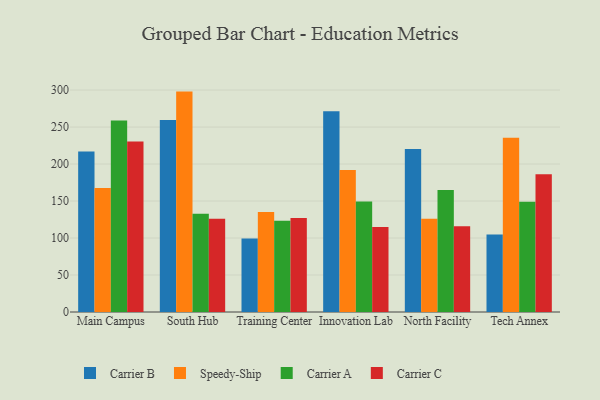
{"axis": {"x": "Campus", "y": "Gross Profit (USD K)"}, "legend": ["Carrier A", "Carrier B", "Carrier C", "Speedy-Ship"], "data": [{"x": "Main Campus", "y": 217.0, "type": "Carrier B"}, {"x": "Main Campus", "y": 167.5, "type": "Speedy-Ship"}, {"x": "Main Campus", "y": 258.9, "type": "Carrier A"}, {"x": "Main Campus", "y": 230.6, "type": "Carrier C"}, {"x": "South Hub", "y": 259.5, "type": "Carrier B"}, {"x": "South Hub", "y": 297.9, "type": "Speedy-Ship"}, {"x": "South Hub", "y": 132.8, "type": "Carrier A"}, {"x": "South Hub", "y": 126.1, "type": "Carrier C"}, {"x": "Training Center", "y": 99.3, "type": "Carrier B"}, {"x": "Training Center", "y": 135.2, "type": "Speedy-Ship"}, {"x": "Training Center", "y": 123.4, "type": "Carrier A"}, {"x": "Training Center", "y": 127.2, "type": "Carrier C"}, {"x": "Innovation Lab", "y": 271.5, "type": "Carrier B"}, {"x": "Innovation Lab", "y": 192.1, "type": "Speedy-Ship"}, {"x": "Innovation Lab", "y": 149.5, "type": "Carrier A"}, {"x": "Innovation Lab", "y": 114.9, "type": "Carrier C"}, {"x": "North Facility", "y": 220.4, "type": "Carrier B"}, {"x": "North Facility", "y": 125.9, "type": "Speedy-Ship"}, {"x": "North Facility", "y": 164.9, "type": "Carrier A"}, {"x": "North Facility", "y": 115.9, "type": "Carrier C"}, {"x": "Tech Annex", "y": 104.8, "type": "Carrier B"}, {"x": "Tech Annex", "y": 235.5, "type": "Speedy-Ship"}, {"x": "Tech Annex", "y": 149.0, "type": "Carrier A"}, {"x": "Tech Annex", "y": 186.3, "type": "Carrier C"}]}